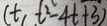
t + t ^ { 2 } - 4 t + 3 )